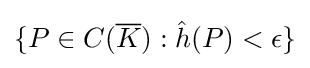
\{P\in C({\overline {K}}):{\hat {h}}(P)<\epsilon \}